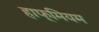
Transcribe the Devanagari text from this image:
हाफ्मियम